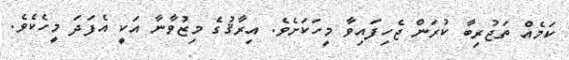
ކަމެއް ތަަޖުރިބާ ކުރަން ޖެހިފައިވާ މީހަކަށެވެ. އިރާޤުގެ މިޒުވާނާ އަކީ އެފަދަ މީހެކެވެ.